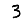
Digit: 3